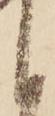
く